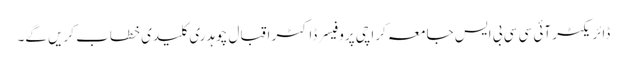
ڈائریکٹر آئی سی سی بی ایس جامعہ کراچی پروفیسر ڈاکٹر اقبال چوہدری کلیدی خطاب کریں گے۔